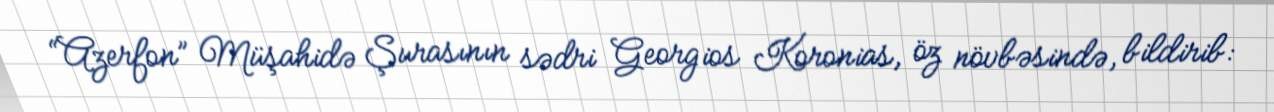
“Azerfon” Müşahidə Şurasının sədri Georgios Koronias, öz növbəsində, bildirib: